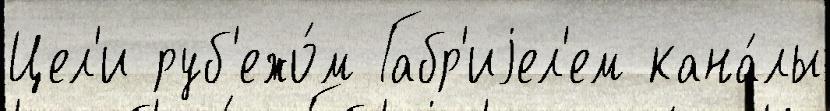
Цел'и руб'ежо́м Габр'иjел'ем кана́лы